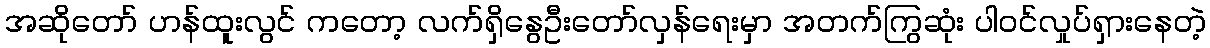
အဆိုတော် ဟန်ထူးလွင် ကတော့ လက်ရှိနွေဦးတော်လှန်ရေးမှာ အတက်ကြွဆုံး ပါဝင်လှုပ်ရှားနေတဲ့